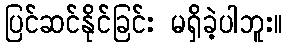
ပြင်ဆင်နိုင်ခြင်း မရှိခဲ့ပါဘူး။